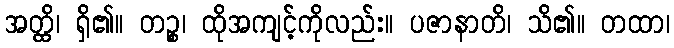
အတ္ထိ၊ ရှိ၏။ တဉ္စ၊ ထိုအကျင့်ကိုလည်း။ ပဇာနာတိ၊ သိ၏။ တထာ၊